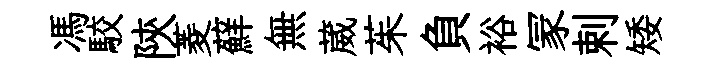
馮駮陝菱蘚無葳茱負裕冡剌矮